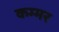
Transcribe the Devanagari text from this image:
कम्मर